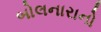
બોલનારાનો